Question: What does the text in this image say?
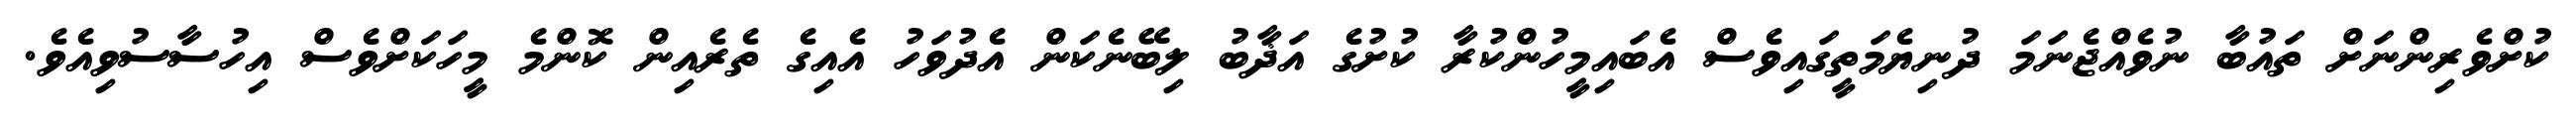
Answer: ކުށްވެރިންނަށް ތައުބާ ނުވެއްޖެނަމަ ދުނިޔެމަތީގައިވެސް އެބައިމީހުންކުރާ ކުށުގެ އަޛާބު ލިބޭނެކަން އެދުވަހު އެއިގެ ތެރެއިން ކޮންމެ މީހަކަށްވެސް އިހުސާސުވިއެވެ.